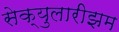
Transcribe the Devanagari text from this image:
सेक्युलारीझम